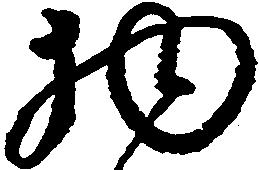
物